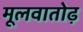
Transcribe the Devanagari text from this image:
मूलवातोढ़